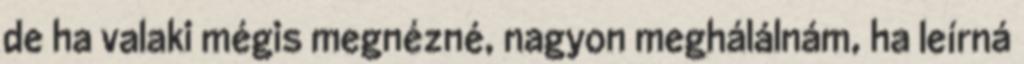
de ha valaki mégis megnézné, nagyon meghálálnám, ha leírná